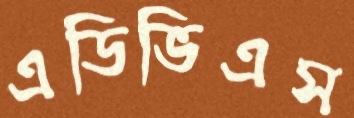
এডিভিএস